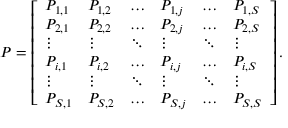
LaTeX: P = \left[ { \begin{array} { l l l l l l } { P _ { 1 , 1 } } & { P _ { 1 , 2 } } & { \dots } & { P _ { 1 , j } } & { \dots } & { P _ { 1 , S } } \\ { P _ { 2 , 1 } } & { P _ { 2 , 2 } } & { \dots } & { P _ { 2 , j } } & { \dots } & { P _ { 2 , S } } \\ { \vdots } & { \vdots } & { \ddots } & { \vdots } & { \ddots } & { \vdots } \\ { P _ { i , 1 } } & { P _ { i , 2 } } & { \dots } & { P _ { i , j } } & { \dots } & { P _ { i , S } } \\ { \vdots } & { \vdots } & { \ddots } & { \vdots } & { \ddots } & { \vdots } \\ { P _ { S , 1 } } & { P _ { S , 2 } } & { \dots } & { P _ { S , j } } & { \dots } & { P _ { S , S } } \end{array} } \right] .